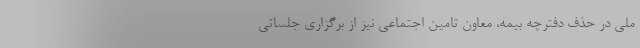
ملی در حذف دفترچه بیمه، معاون تامین اجتماعی نیز از برگزاری جلساتی